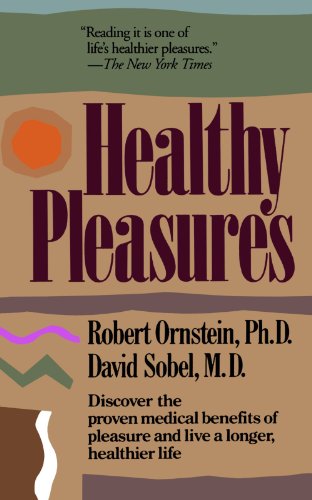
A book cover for Healthy Pleasures; Robert E. Ornstein; Medical Books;